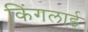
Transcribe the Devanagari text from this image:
किंगलाई